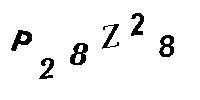
P28Z28